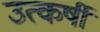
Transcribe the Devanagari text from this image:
उत्कर्षी